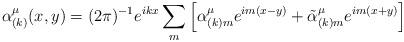
LaTeX: \begin{align*}\alpha _{(k)}^{\mu }(x,y)=(2\pi )^{-1}e^{ikx}\sum\limits_{m}\left[ \alpha_{(k)m}^{\mu }e^{im(x-y)}+\tilde{\alpha}_{(k)m}^{\mu }e^{im(x+y)}\right]\end{align*}